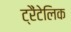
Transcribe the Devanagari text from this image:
ट्रैंटेलिक